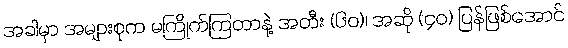
အခါမှာ အများစုက မကြိုက်ကြတာနဲ့ အတီး (၆၀)၊ အဆို (၄၀) ပြန်ဖြစ်အောင်